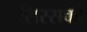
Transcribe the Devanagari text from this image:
सिस्सको